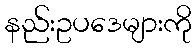
နည်းဥပဒေများကို